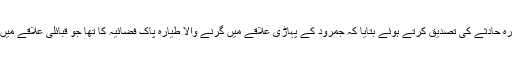
پولیٹیکل انتظامیہ نے طیارہ حادثے کی تصدیق کرتے ہوئے بتایا کہ جمرود کے پہاڑی علاقے میں گرنے والا طیارہ پاک فضائیہ کا تھا جو قبائلی علاقے میں معمول کی پرواز پر تھا۔